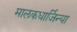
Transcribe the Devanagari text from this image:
मालकधार्जिन्या